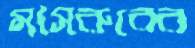
মাসরুরের